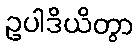
ဥပါဒိယိတွာ